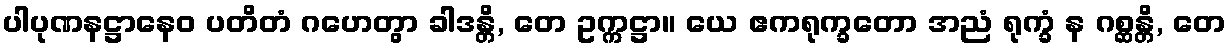
ပါပုဏနဋ္ဌာနေဝ ပတိတံ ဂဟေတွာ ခါဒန္တိ, တေ ဥက္ကဋ္ဌာ။ ယေ ဧကရုက္ခတော အညံ ရုက္ခံ န ဂစ္ဆန္တိ, တေ